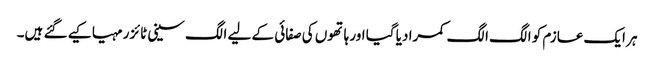
ہر ایک عازم کو الگ الگ کمرا دیا گیا اور ہاتھوں کی صفائی کے لیے الگ سینی ٹائزر مہیا کیے گئے ہیں۔